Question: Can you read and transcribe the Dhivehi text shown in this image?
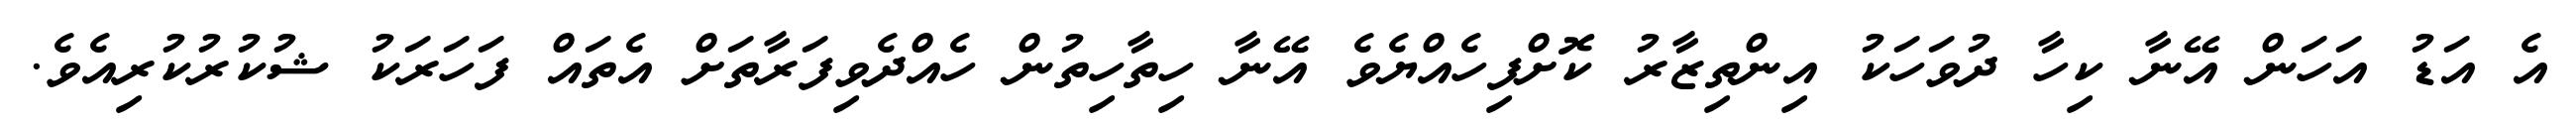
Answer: އެ އަޑު އަހަން އޭނާ ކިހާ ދުވަހަކު އިންތިޒާރު ކޮށްފިހެއްޔެވެ އޭނާ ހިތާހިތުން ހެއްދެވިފަރާތަށް އެތައް ފަހަރަކު ޝުކުރުކުރިއެވެ.